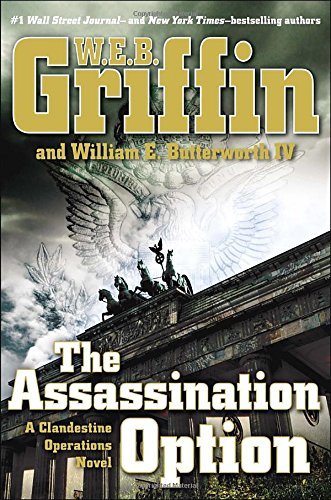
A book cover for The Assassination Option (A Clandestine Operations Novel); W.E.B. Griffin; Literature & Fiction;